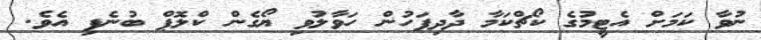
ނުވާ ކަމަށް އެޓީމުގެ ކޯޗްކަމާ ދާދިފަހުން ހަވާލުވި ޔޯގެން ކްލޮޕް ބުނެފި އެވެ.